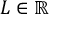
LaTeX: L \in \mathbb { R }